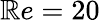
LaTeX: \mathbb{R}e=20